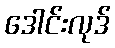
ဒေါင်းလုဒ်